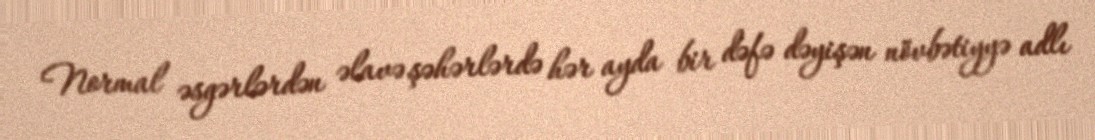
Normal əsgərlərdən əlavə şəhərlərdə hər ayda bir dəfə dəyişən növbətiyyə adlı